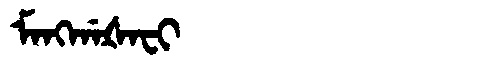
Manchu: ᠮᠠᠩᡤᠠᡧᠠᠸᡳ
Romanization: MANGGAŠAFI